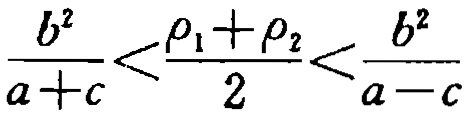
\(\frac{b^{2}}{a + c}<\frac{\rho_{1}+\rho_{2}}{2}<\frac{b^{2}}{a - c}\)